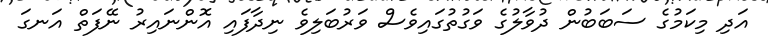
އަދި މިކަމުގެ ސަބަބުން ދުވާލުގެ ވަގުތުގައިވެސް ވަރުބަލިވެ ނިދާފައި އޮންނައިރު ނޭފަތް އަނގަ